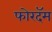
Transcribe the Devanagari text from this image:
फोरदॅम